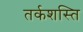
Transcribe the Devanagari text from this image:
तर्कशस्ति